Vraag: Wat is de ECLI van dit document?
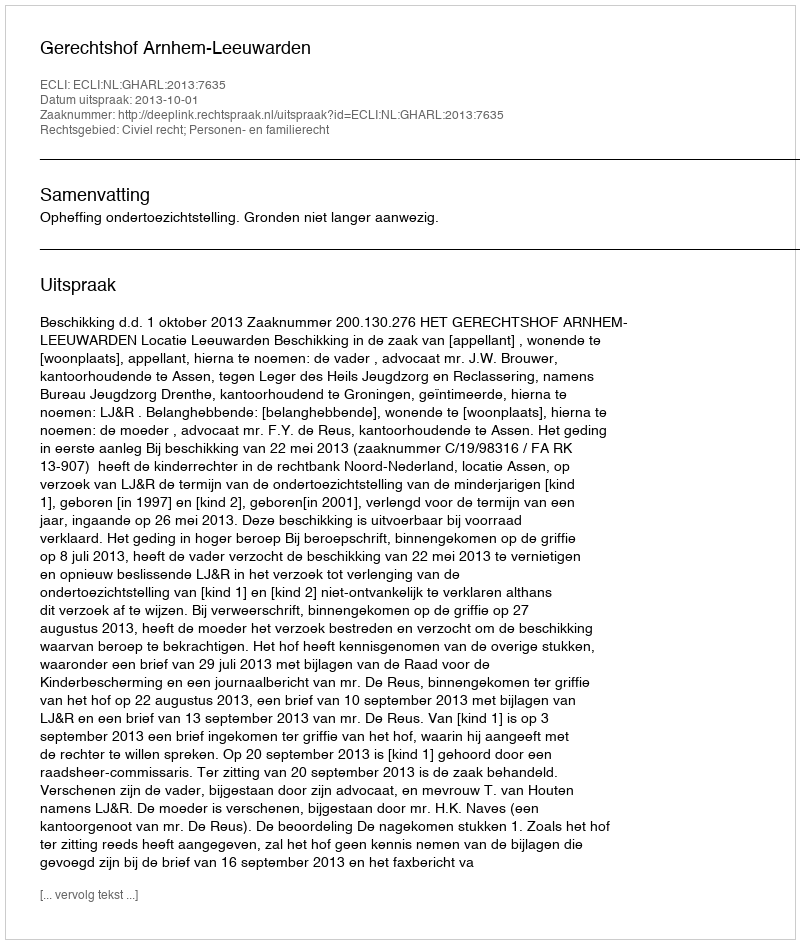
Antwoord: ECLI:NL:GHARL:2013:7635